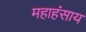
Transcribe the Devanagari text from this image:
महाहंसाय